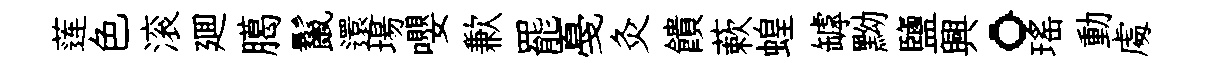
莲色滚廽臈鬣還場嚶歉罷戞灸饋蔌蝗罅黝鹽興。瑶動䖏